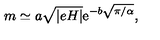
m \simeq a \sqrt { | e H | } \mathrm { e } ^ { - b \sqrt { \pi / \alpha } } ,